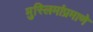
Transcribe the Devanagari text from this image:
मुस्लिमांप्रमाणे